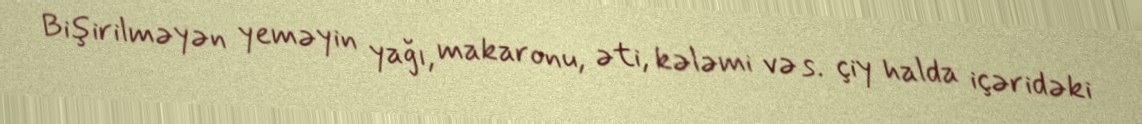
Bişirilməyən yeməyin yağı, makaronu, əti, kələmi və s. çiy halda içəridəki